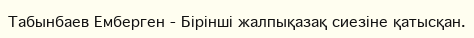
Табынбаев Емберген - Бірінші жалпықазақ сиезіне қатысқан.